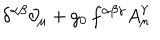
\delta ^ { \alpha \beta } \partial _ { \mu } + g _ { 0 } \, f ^ { \alpha \beta \gamma } A _ { \mu } ^ { \gamma }